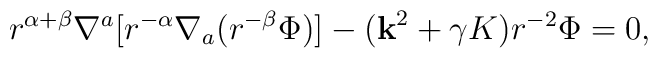
r^{\alpha+\beta}\nabla^a[r^{-\alpha}\nabla_a(r^{-\beta}\Phi)]        - ({\bf k}^2+\gamma K)r^{-2}\Phi = 0,